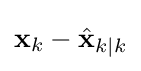
\mathbf {x} _{k}-{\hat {\mathbf {x} }}_{k\mid k}